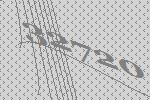
32720